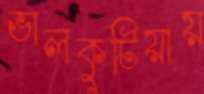
ভালকুটিয়ায়